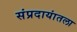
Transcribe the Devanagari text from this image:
संप्रदायांतला